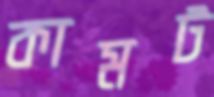
কামট